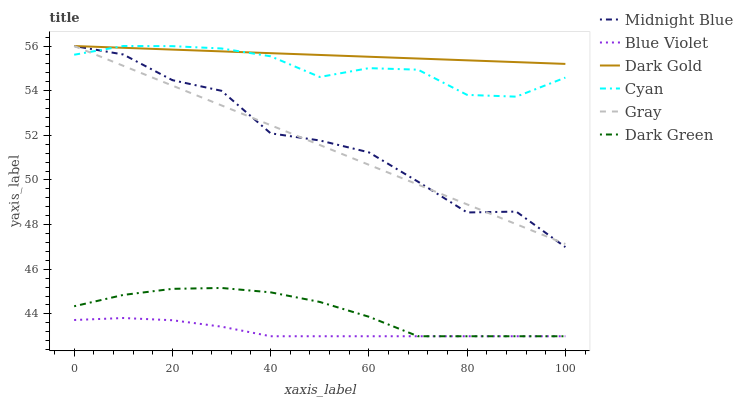
| xaxis_label | Midnight Blue | Blue Violet | Dark Gold | Cyan | Gray | Dark Green |
 | --- | --- | --- | --- | --- | --- | --- |
 | 0 | 56 | 43.7 | 56 | 55.6 | 56 | 44.3 |
 | 10 | 55.6 | 43.8 | 55.9 | 56 | 55.1 | 44.9 |
 | 20 | 54.5 | 43.7 | 55.8 | 56 | 54.2 | 45.1 |
 | 30 | 54 | 43.4 | 55.8 | 55.9 | 53.3 | 45.2 |
 | 40 | 52.1 | 43 | 55.7 | 55.5 | 52.5 | 45 |
 | 50 | 51.8 | 43 | 55.6 | 54.6 | 51.6 | 44.5 |
 | 60 | 51.2 | 43 | 55.5 | 55 | 50.7 | 43.9 |
 | 70 | 49.9 | 43 | 55.4 | 54.9 | 49.8 | 43 |
 | 80 | 48.5 | 43 | 55.4 | 53.8 | 48.9 | 43 |
 | 90 | 48.6 | 43 | 55.3 | 53.7 | 48 | 43 |
 | 100 | 47 | 43 | 55.2 | 54.6 | 47.1 | 43 |